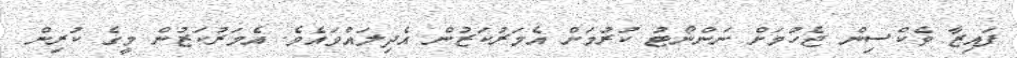
ފައިޒާ ވެކްސިން ޖެހުމަށް ނަންނޯޓު ކުރުމަށް އެމަރުކަޒުން އެދިލައްވައެވެ. އެމަރުކަޒުން މީގެ ކުރިން